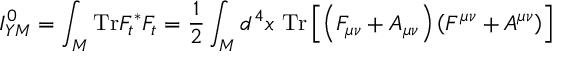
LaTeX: I _ { Y M } ^ { 0 } = \int _ { M } \mathrm { T r } F _ { t } ^ { * } F _ { t } = \frac { 1 } { 2 } \int _ { M } d ^ { 4 } x \ \mathrm { T r } \left[ \left( F _ { \mu \nu } + { \cal A } _ { \mu \nu } \right) \left( F ^ { \mu \nu } + { \cal A } ^ { \mu \nu } \right) \right]